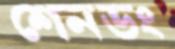
শেনডং